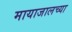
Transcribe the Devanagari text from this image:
मायाजालच्या